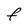
Character: F